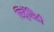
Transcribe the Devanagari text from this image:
सिट्टॅसिडी